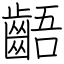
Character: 齬